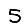
Digit: 5